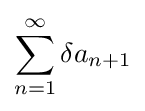
\sum _{n=1}^{\infty }\delta a_{n+1}